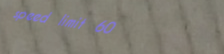
speed limit 60